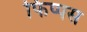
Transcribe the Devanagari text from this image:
फिप्पस